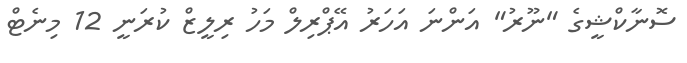
ސޮނާކްޝީގެ "ނޫރު" އަންނަ އަހަރު އޭޕްރިލް މަހު ރިލީޒް ކުރަނީ 12 މިނެޓް